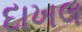
દાખલ